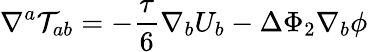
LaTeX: \nabla^{a}{\cal T}_{ab}=-\frac{\tau}{6}\nabla_{b}U_{b}-\Delta\Phi_{2}\nabla_{b}\phi